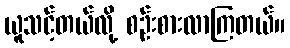
ယူသင့်တယ်လို့ စဉ်းစားလာကြတယ်။